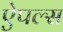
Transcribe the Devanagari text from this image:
ऐपल्स